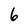
Character: 6